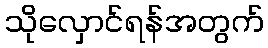
သိုလှောင်ရန်အတွက်